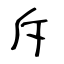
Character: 斥